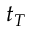
t _ { T }